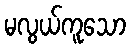
မလွယ်ကူသော